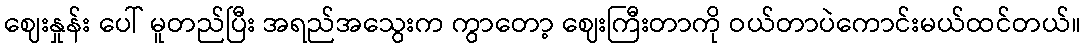
ဈေးနှုန်း ပေါ် မူတည်ပြီး အရည်အသွေးက ကွာတော့ ဈေးကြီးတာကို ဝယ်တာပဲကောင်းမယ်ထင်တယ်။